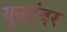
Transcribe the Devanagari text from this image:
युद्धांवर